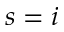
s = i